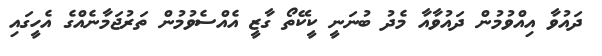
ދައުވާ އިއްވުމުން ދައުވާއާ މެދު ބުނަނީ ކީކޭތޯ ގާޒީ އެއްސެވުމުން ތަރުޖަމާނެއްގެ އެހީގައި